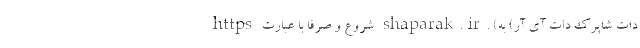
https شروع و صرفاً با عبارت shaparak.ir. (دات شاپرک دات آی آر) به